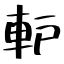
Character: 䡎